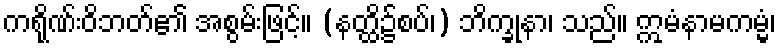
ကရိုဏ်းဝိဘတ်၏ အစွမ်းဖြင့်။ (နတ္ထိ၌စပ်၊) ဘိက္ခုနာ၊ သည်။ ဣမံနာမကမ္မံ၊